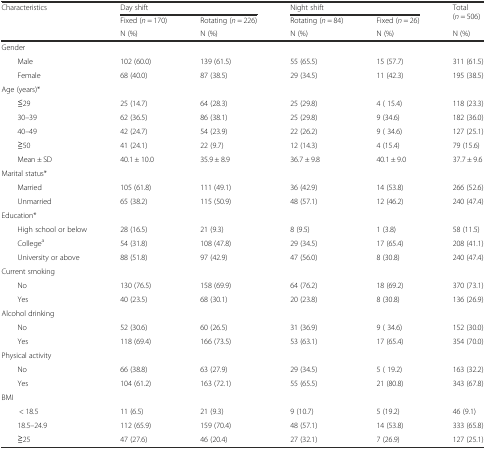
<table><thead><tr><td rowspan="3"><b>Characteristics</b></td><td colspan="2"><b>Day shift</b></td><td colspan="2"><b>Night shift</b></td><td rowspan="2"><b>Total (<i>n</i> = 506)</b></td></tr><tr><td><b>Fixed (<i>n</i> = 170)</b></td><td><b>Rotating (<i>n</i> = 226)</b></td><td><b>Rotating (<i>n</i> = 84)</b></td><td><b>Fixed (<i>n</i> = 26)</b></td></tr><tr><td><b>N (%)</b></td><td><b>N (%)</b></td><td><b>N (%)</b></td><td><b>N (%)</b></td><td><b>N (%)</b></td></tr></thead><tbody><tr><td colspan="6">Gender</td></tr><tr><td>Male</td><td>102 (60.0)</td><td>139 (61.5)</td><td>55 (65.5)</td><td>15 (57.7)</td><td>311 (61.5)</td></tr><tr><td>Female</td><td>68 (40.0)</td><td>87 (38.5)</td><td>29 (34.5)</td><td>11 (42.3)</td><td>195 (38.5)</td></tr><tr><td colspan="6">Age (years)*</td></tr><tr><td>≦29</td><td>25 (14.7)</td><td>64 (28.3)</td><td>25 (29.8)</td><td>4 ( 15.4)</td><td>118 (23.3)</td></tr><tr><td>30–39</td><td>62 (36.5)</td><td>86 (38.1)</td><td>25 (29.8)</td><td>9 (34.6)</td><td>182 (36.0)</td></tr><tr><td>40–49</td><td>42 (24.7)</td><td>54 (23.9)</td><td>22 (26.2)</td><td>9 ( 34.6)</td><td>127 (25.1)</td></tr><tr><td>≧50</td><td>41 (24.1)</td><td>22 (9.7)</td><td>12 (14.3)</td><td>4 (15.4)</td><td>79 (15.6)</td></tr><tr><td>Mean ± SD</td><td>40.1 ± 10.0</td><td>35.9 ± 8.9</td><td>36.7 ± 9.8</td><td>40.1 ± 9.0</td><td>37.7 ± 9.6</td></tr><tr><td colspan="6">Marital status*</td></tr><tr><td>Married</td><td>105 (61.8)</td><td>111 (49.1)</td><td>36 (42.9)</td><td>14 (53.8)</td><td>266 (52.6)</td></tr><tr><td>Unmarried</td><td>65 (38.2)</td><td>115 (50.9)</td><td>48 (57.1)</td><td>12 (46.2)</td><td>240 (47.4)</td></tr><tr><td colspan="6">Education*</td></tr><tr><td>High school or below</td><td>28 (16.5)</td><td>21 (9.3)</td><td>8 (9.5)</td><td>1 (3.8)</td><td>58 (11.5)</td></tr><tr><td>College<sup>a</sup></td><td>54 (31.8)</td><td>108 (47.8)</td><td>29 (34.5)</td><td>17 (65.4)</td><td>208 (41.1)</td></tr><tr><td>University or above</td><td>88 (51.8)</td><td>97 (42.9)</td><td>47 (56.0)</td><td>8 (30.8)</td><td>240 (47.4)</td></tr><tr><td colspan="6">Current smoking</td></tr><tr><td>No</td><td>130 (76.5)</td><td>158 (69.9)</td><td>64 (76.2)</td><td>18 (69.2)</td><td>370 (73.1)</td></tr><tr><td>Yes</td><td>40 (23.5)</td><td>68 (30.1)</td><td>20 (23.8)</td><td>8 (30.8)</td><td>136 (26.9)</td></tr><tr><td colspan="6">Alcohol drinking</td></tr><tr><td>No</td><td>52 (30.6)</td><td>60 (26.5)</td><td>31 (36.9)</td><td>9 ( 34.6)</td><td>152 (30.0)</td></tr><tr><td>Yes</td><td>118 (69.4)</td><td>166 (73.5)</td><td>53 (63.1)</td><td>17 (65.4)</td><td>354 (70.0)</td></tr><tr><td colspan="6">Physical activity</td></tr><tr><td>No</td><td>66 (38.8)</td><td>63 (27.9)</td><td>29 (34.5)</td><td>5 ( 19.2)</td><td>163 (32.2)</td></tr><tr><td>Yes</td><td>104 (61.2)</td><td>163 (72.1)</td><td>55 (65.5)</td><td>21 (80.8)</td><td>343 (67.8)</td></tr><tr><td colspan="6">BMI</td></tr><tr><td>&lt; 18.5</td><td>11 (6.5)</td><td>21 (9.3)</td><td>9 (10.7)</td><td>5 (19.2)</td><td>46 (9.1)</td></tr><tr><td>18.5–24.9</td><td>112 (65.9)</td><td>159 (70.4)</td><td>48 (57.1)</td><td>14 (53.8)</td><td>333 (65.8)</td></tr><tr><td>≧25</td><td>47 (27.6)</td><td>46 (20.4)</td><td>27 (32.1)</td><td>7 (26.9)</td><td>127 (25.1)</td></tr></tbody></table>